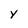
Character: Y